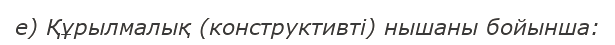
е) Құрылмалық (конструктивті) нышаны бойынша: